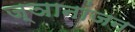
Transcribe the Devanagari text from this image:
ज्ञानांजन